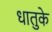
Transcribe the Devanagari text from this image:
धातुके